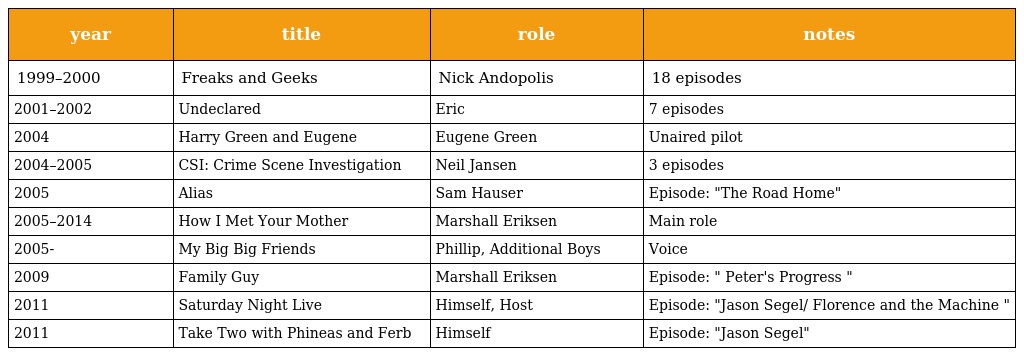
| year | title | role | notes |
 | --- | --- | --- | --- |
 | 1999–2000 | Freaks and Geeks | Nick Andopolis | 18 episodes |
 | 2001–2002 | Undeclared | Eric | 7 episodes |
 | 2004 | Harry Green and Eugene | Eugene Green | Unaired pilot |
 | 2004–2005 | CSI: Crime Scene Investigation | Neil Jansen | 3 episodes |
 | 2005 | Alias | Sam Hauser | Episode: "The Road Home" |
 | 2005–2014 | How I Met Your Mother | Marshall Eriksen | Main role |
 | 2005- | My Big Big Friends | Phillip, Additional Boys | Voice |
 | 2009 | Family Guy | Marshall Eriksen | Episode: " Peter's Progress " |
 | 2011 | Saturday Night Live | Himself, Host | Episode: "Jason Segel/ Florence and the Machine " |
 | 2011 | Take Two with Phineas and Ferb | Himself | Episode: "Jason Segel" |